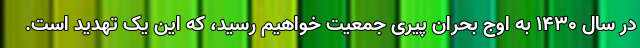
در سال ۱۴۳۰ به اوج بحران پیری جمعیت خواهیم رسید، که این یک تهدید است.